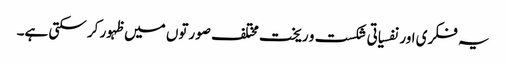
یہ فکری اور نفسیاتی شکست و ریخت مختلف صورتوں میں ظہور کر سکتی ہے۔